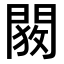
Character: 𬮋